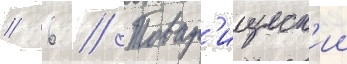
// 6 // Товар'ищеск'ии